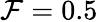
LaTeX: \mathcal{F}=0.5